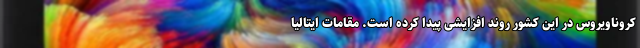
کروناویروس در این کشور روند افزایشی پیدا کرده است. مقامات ایتالیا